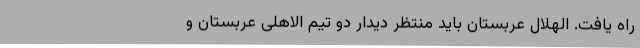
راه یافت. الهلال عربستان باید منتظر دیدار دو تیم الاهلی عربستان و